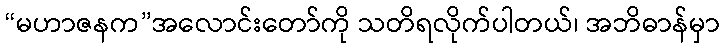
“မဟာဇနက”အလောင်းတော်ကို သတိရလိုက်ပါတယ်၊ အဘိဓာန်မှာ